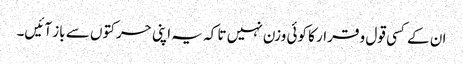
ان کے کسی قول و قرار کا کوئی وزن نہیں تا کہ یہ اپنی حرکتوں سے باز آئیں۔